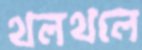
থলথলে